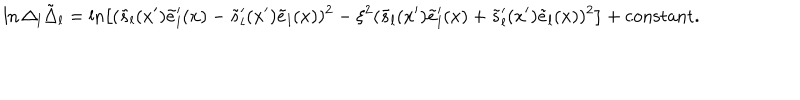
LaTeX: \ln \Delta _ { l } \tilde { \Delta } _ { l } = \ln \left[ ( \tilde { s } _ { l } ( x ^ { \prime } ) \tilde { e } _ { l } ^ { \prime } ( x ) - \tilde { s } _ { l } ^ { \prime } ( x ^ { \prime } ) \tilde { e } _ { l } ( x ) ) ^ { 2 } - \xi ^ { 2 } ( \tilde { s } _ { l } ( x ^ { \prime } ) \tilde { e } _ { l } ^ { \prime } ( x ) + \tilde { s } _ { l } ^ { \prime } ( x ^ { \prime } ) \tilde { e } _ { l } ( x ) ) ^ { 2 } \right] + \mathrm { c o n s t a n t } .